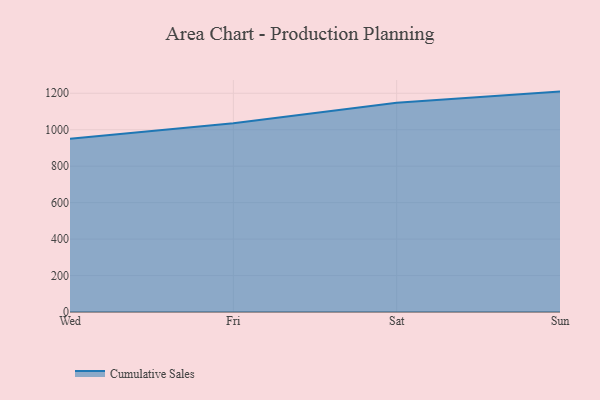
{"axis": {"x": "Day", "y": "Gross Profit (USD K)"}, "legend": ["Cumulative Sales"], "data": [{"x": "Wed", "y": 950.7, "type": "Cumulative Sales"}, {"x": "Fri", "y": 1035.2, "type": "Cumulative Sales"}, {"x": "Sat", "y": 1147.9, "type": "Cumulative Sales"}, {"x": "Sun", "y": 1209.2, "type": "Cumulative Sales"}]}